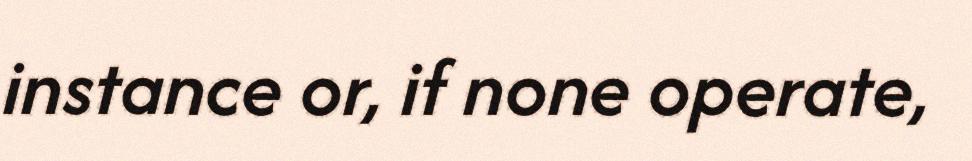
instance or, if none operate,